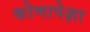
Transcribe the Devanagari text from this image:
कोणापेक्षा